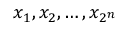
x _ { 1 } , x _ { 2 } , \ldots , x _ { 2 ^ { n } }